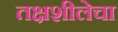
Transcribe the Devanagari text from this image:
तक्षशीलेचा